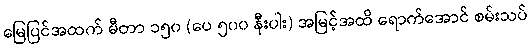
မြေပြင်အထက် မီတာ ၁၅၀ (ပေ ၅၀၀ နီးပါး) အမြင့်အထိ ရောက်အောင် စမ်းသပ်